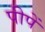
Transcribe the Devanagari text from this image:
पीपें